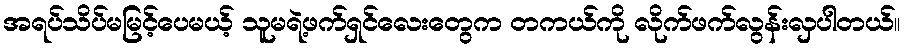
အရပ်သိပ်မမြင့်ပေမယ့် သူမရဲ့ဖက်ရှင်လေးတွေက တကယ်ကို လိုက်ဖက်လွန်းလှပါတယ်။